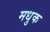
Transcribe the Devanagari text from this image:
मधुक